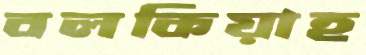
বলকিয়াহ